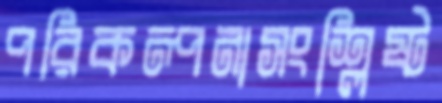
পরিকল্পনাসংশ্লিষ্ট